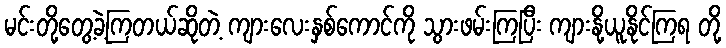
မင်းတို့တွေ့ခဲ့ကြတယ်ဆိုတဲ့ ကျားလေးနှစ်ကောင်ကို သွားဖမ်းကြပြီး ကျားနို့ယူနိုင်ကြရ တို့